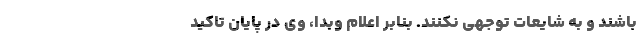
باشند و به شایعات توجهی نکنند. بنابر اعلام وبدا، وی در پایان تاکید